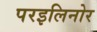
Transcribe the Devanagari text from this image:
परइलिनोर